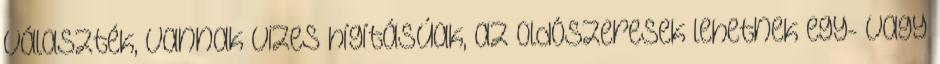
választék, vannak vizes hígításúak, az oldószeresek lehetnek egy- vagy